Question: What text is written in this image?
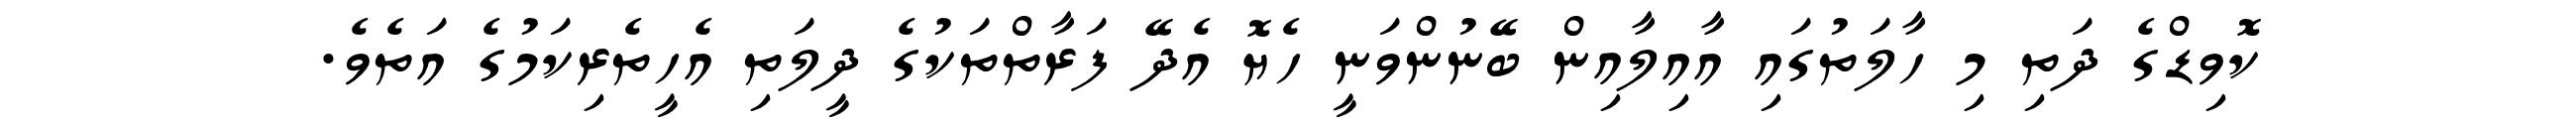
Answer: ކޮވިޑްގެ ދަތި މި ހާލަތުގައި އާއިލާއިން ބޭނުންވަނީ ހެޔޮ އެދޭ ފަރާތްތަކުގެ ދީލަތި އެހީތެރިކަމުގެ އަތެވެ.